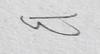
Signature authenticity: forged